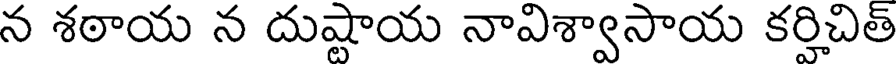
న శఠాయ న దుష్టాయ నావిశ్వాసాయ కర్హిచిత్